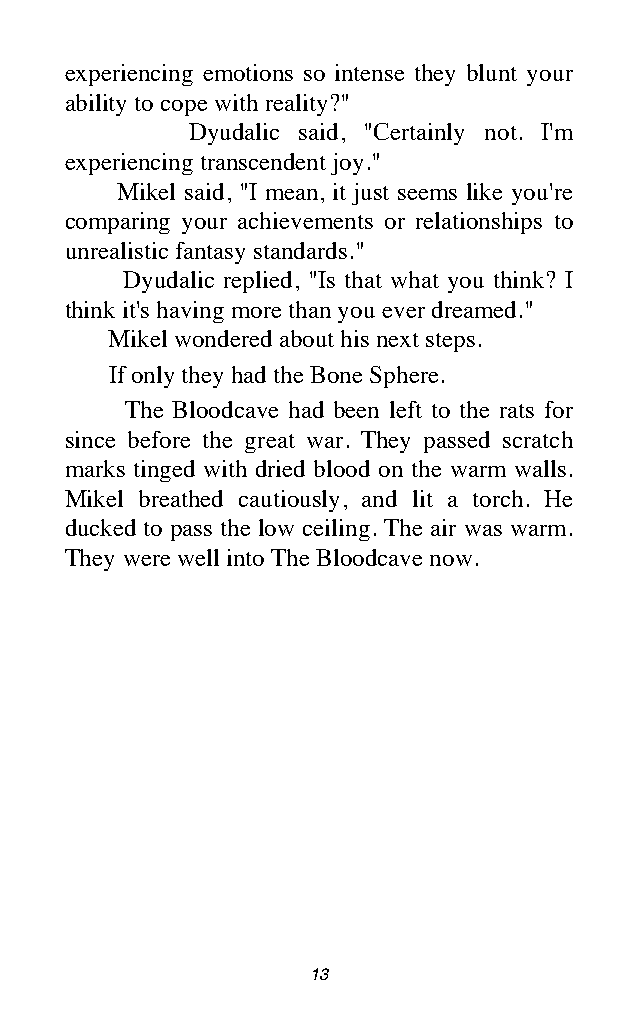
experiencing emotions so intense they blunt your
 ability to cope with reality?"
 Dyudalic said, "Certainly not. I'm
 experiencing transcendent joy."
 Mikel said, "I mean, it just seems like you're
 comparing your achievements or relationships to
 unrealistic fantasy standards."
 Dyudalic replied, "Is that what you think? I
 think it's having more than you ever dreamed."
 Mikel wondered about his next steps.
 If only they had the Bone Sphere.
 The Bloodcave had been left to the rats for
 since before the great war. They passed scratch
 marks tinged with dried blood on the warm walls.
 Mikel breathed cautiously, and lit a torch. He
 ducked to pass the low ceiling. The air was warm.
 They were well into The Bloodcave now.
 13